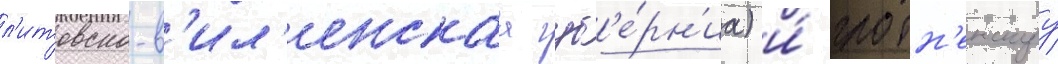
л'итовско-в'ил'енскаа губ'е́рн'иа) и́ гродн'енскуу